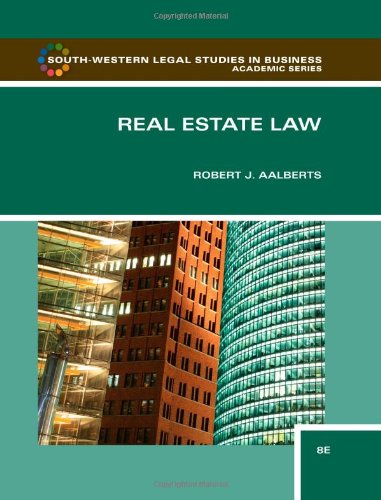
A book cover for Real Estate Law (Real Estate Law (Seidel, George)); Robert J. Aalberts; Business & Money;